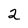
Character: 2